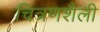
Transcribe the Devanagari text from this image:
चित्रणशैली